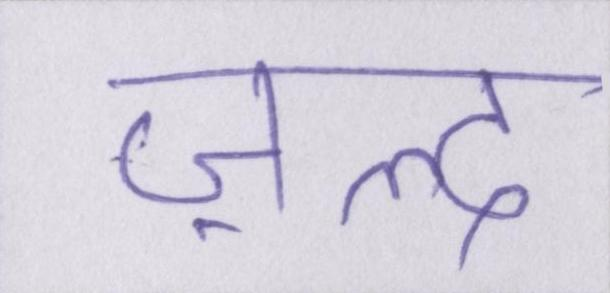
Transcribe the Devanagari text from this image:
ज़ल्द